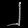
Digit: ၂